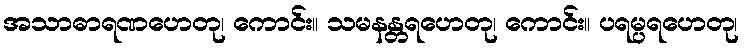
အသာဓာရဏဟေတု၊ ကောင်း။ သမနန္တရဟေတု၊ ကောင်း။ ပရမ္ပရဟေတု၊